Standardisation of Calmette's anti-venomous serum with pure cobra venom - Number 1
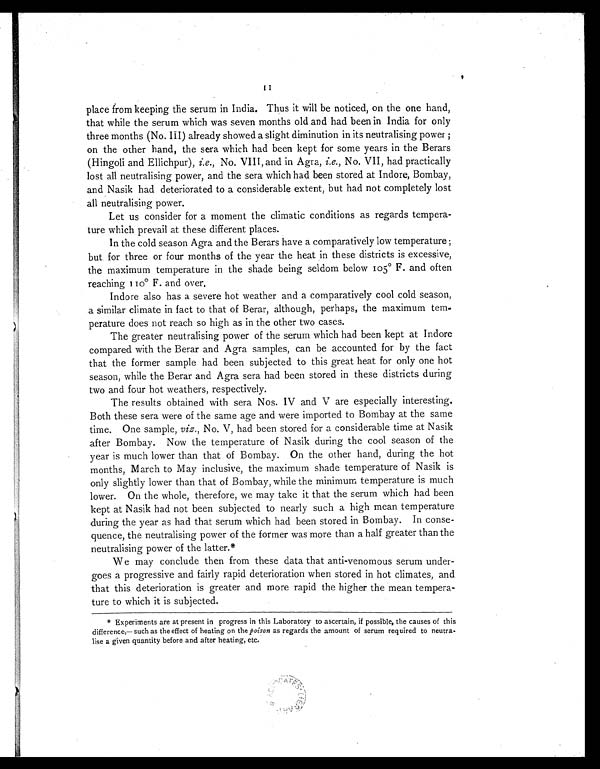
place from keeping the serum in India. Thus it will be noticed, on the one hand,
that while the serum which was seven months old and had been in India for only
three months (No. III) already showed a slight diminution in its neutralising power;
on the other hand, the sera which had been kept for some years in the Berars
(Hingoli and Ellichpur), i.e., No. VIII, and in Agra, i.e., No. VII, had practically
lost all neutralising power, and the sera which had been stored at Indore, Bombay,
and Nasik had deteriorated to a considerable extent, but had not completely lost
all neutralising power.
Let us consider for a moment the climatic conditions as regards tempera
ture which prevail at these different places.
In the cold season Agra and the Berars have a comparatively low temperature;
but for three or four months of the year the heat in these districts is excessive,
the maximum temperature in the shade being seldom below 105° F. and often
reaching 110° F. and over.
Indore also has a severe hot weather and a comparatively cool cold season,
a similar climate in fact to that of Berar, although, perhaps, the maximum tem
perature does not reach so high as in the other two cases.
The greater neutralising power of the serum which had been kept at Indore
compared with the Berar and Agra samples, can be accounted for by the fact
that the former sample had been subjected to this great heat for only one hot
season, while the Berar and Agra sera had been stored in these districts during
two and four hot weathers, respectively.
The results obtained with sera Nos. IV and V are especially interesting.
Both these sera were of the same age and were imported to Bombay at the same
time. One sample, viz., No. V, had been stored for a considerable time at Nasik
after Bombay. Now the temperature of Nasik during the cool season of the
year is much lower than that of Bombay. On the other hand, during the hot
months, March to May inclusive, the maximum shade temperature of Nasik is
only slightly lower than that of Bombay, while the minimum temperature is much
lower. On the whole, therefore, we may take it that the serum which had been
kept at Nasik had not been subjected to nearly such a high mean temperature
during the year as had that serum which had been stored in Bombay. In conse
quence, the neutralising power of the former was more than a half greater than the
neutralising power of the latter.*
We may conclude then from these data that anti-venomous serum under
goes a progressive and fairly rapid deterioration when stored in hot climates, and
that this deterioration is greater and more rapid the higher the mean tempera
ture to which it is subjected.
* Experiments are at present in progress in this Laboratory to ascertain, if possible, the causes of this
difference,— such as the effect of heating on the poison as regards the amount of serum required to neutra
lise a given quantity before and after heating, etc.